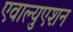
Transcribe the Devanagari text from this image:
एवाल्युएशन